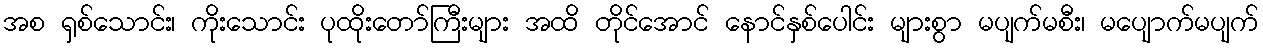
အစ ရှစ်သောင်း၊ ကိုးသောင်း ပုထိုးတော်ကြီးများ အထိ တိုင်အောင် နောင်နှစ်ပေါင်း များစွာ မပျက်မစီး၊ မပျောက်မပျက်